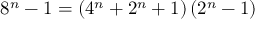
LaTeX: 8 ^ { n } - 1 = \left( 4 ^ { n } + 2 ^ { n } + 1 \right) \left( 2 ^ { n } - 1 \right)